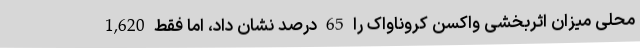
محلی میزان اثربخشی واکسن کروناواک را 65 درصد نشان داد، اما فقط 1,620